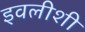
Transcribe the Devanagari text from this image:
इवलीशी